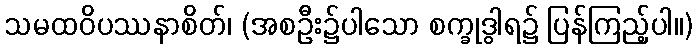
သမထဝိပဿနာစိတ်၊ (အစဦး၌ပါသော စက္ခုဒွါရ၌ ပြန်ကြည့်ပါ။)